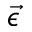
\vec { \epsilon }